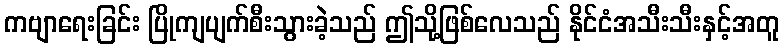
ကဗျာရေးခြင်း ပြိုကျပျက်စီးသွားခဲ့သည် ဤသို့ဖြစ်လေသည် နိုင်ငံအသီးသီးနှင့်အတူ